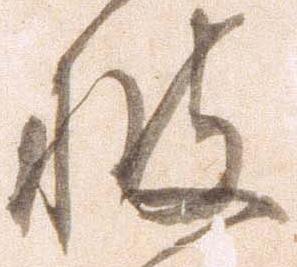
披